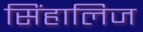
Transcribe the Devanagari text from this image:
सिंहालिज